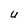
Character: U